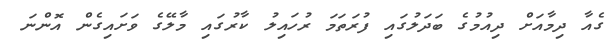
ގެއާ ދިމާއަށް ދިއުމުގެ ބަދަލުގައި ފުރަތަމަ ރުހައިލު ކާރުގައި މާލޭގެ ވަށައިގެން އޮންނަ